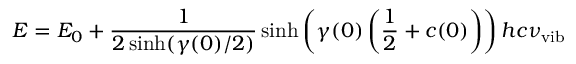
E = E _ { 0 } + \frac { 1 } { 2 \sinh ( \gamma ( 0 ) / 2 ) } \sinh \left( \gamma ( 0 ) \left( \frac { 1 } { 2 } + c ( 0 ) \right) \right) h c \nu _ { \mathrm { v i b } }